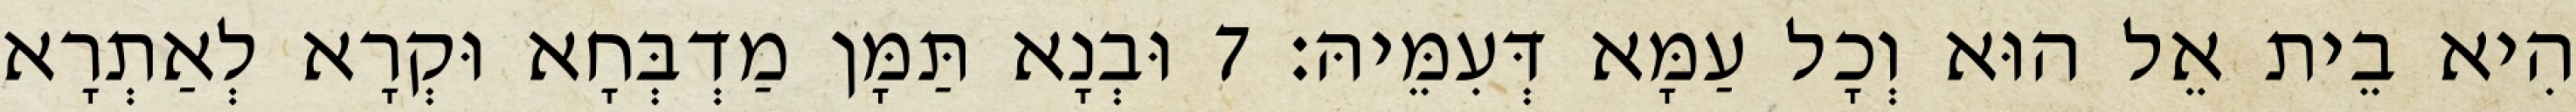
הִיא בֵית אֵל הוּא וְכָל עַמָּא דְּעִמֵּיהּ׃ 7 וּבְנָא תַּמָּן מַדְבְּחָא וּקְרָא לְאַתְרָא